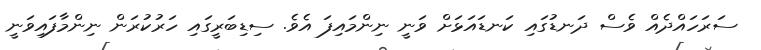
ސަރަހައްދެއް ވެސް ދަނޑުގައި ކަނޑައަޅަށް ވަނީ ނިންމައިފަ އެވެ. ސިޑިބަރީގައި ހަރުކުރަން ނިންމާފައިވަނީ